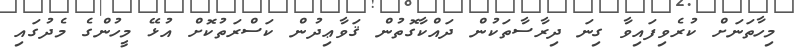
މިހާތަނަށް ކުރެވިފައިވާ ގިނަ ދިރާސާތަކުން ދައްކާގޮތުން ޤަވާޢިދުން ކަސްރަތުކޮށް އުޅޭ މީހުންގެ މެދުގައި